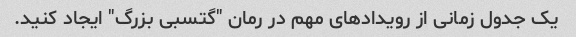
یک جدول زمانی از رویدادهای مهم در رمان "گتسبی بزرگ" ایجاد کنید.